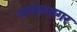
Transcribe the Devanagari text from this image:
अनंतसागर